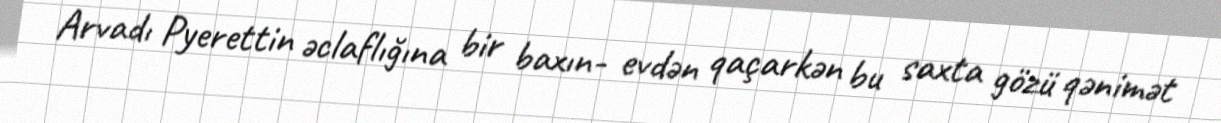
Arvadı Pyerettin əclaflığına bir baxın- evdən qaçarkən bu saxta gözü qənimət